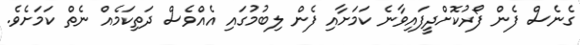
ގެނެސް ފެން ފޯރުކޮށްދީފައިވާނެ ކަމަށާއި ފެން ލިބުމުގައި އެއްވެސް ދަތިކަމެއް ނެތް ކަމަށެވެ.